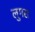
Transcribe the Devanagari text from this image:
लुगरा